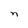
Character: n